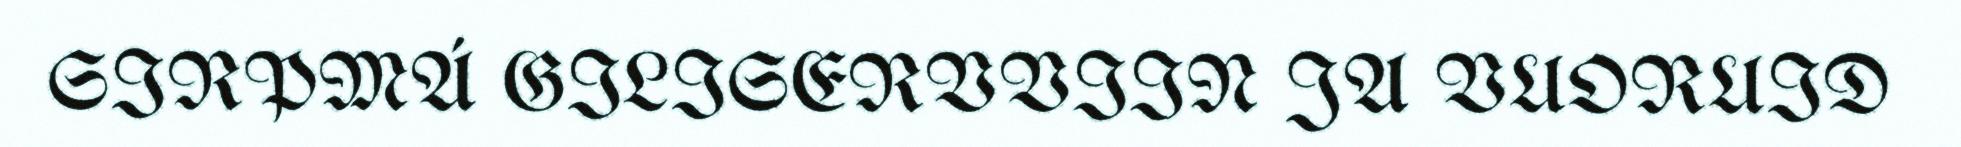
SIRPMÁ GILISERVVIIN JA VUORUID